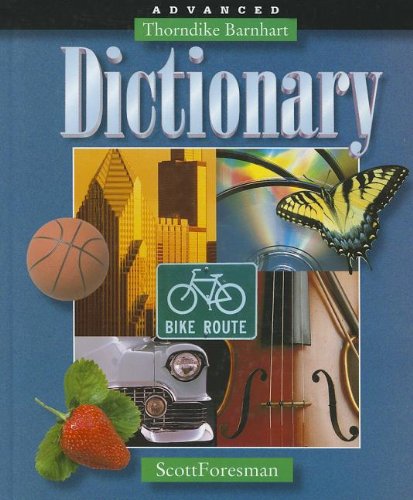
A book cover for Scott, Foresman Advanced Dictionary; Teen & Young Adult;